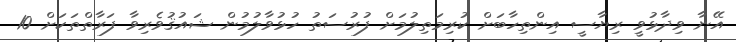
އޭނާ ވިދާޅުވީ ރިޔާސީ އިންތިހާބަށް ކުރިމަތިލުމަށް ފުރުސަތު ހުޅުވާލުމުން ޝައުޤުވެރިވާ ފަރާތްތަކަށް 10